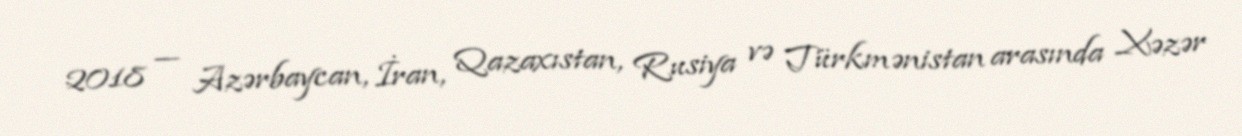
2018 — Azərbaycan, İran, Qazaxıstan, Rusiya və Türkmənistan arasında Xəzər